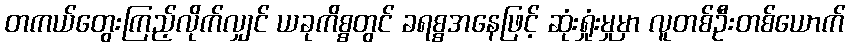
တကယ်တွေးကြည့်လိုက်လျှင် ယခုကိစ္စတွင် ခရစ္စအနေဖြင့် ဆုံးရှုံးမှုမှာ လူတစ်ဦးတစ်ယောက်